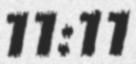
11:11